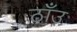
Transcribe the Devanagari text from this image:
ठाँउ